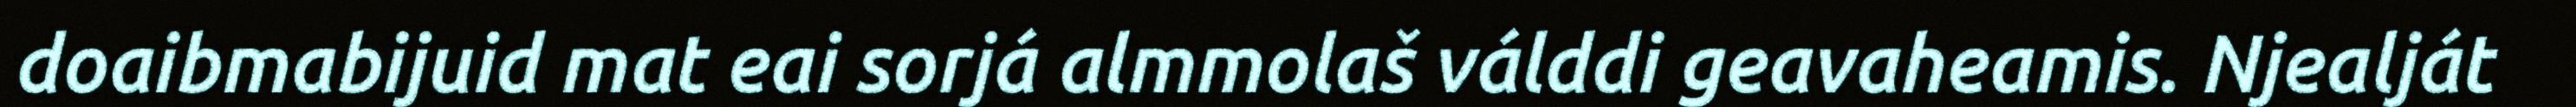
doaibmabijuid mat eai sorjá almmolaš válddi geavaheamis. Njealját